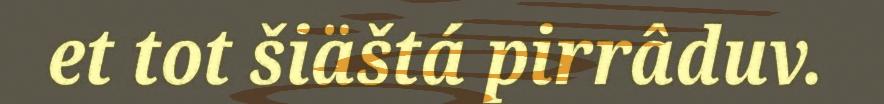
et tot šiäštá pirrâduv.